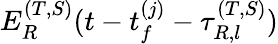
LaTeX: E_{R}^{(T,S)}(t-t_{f}^{(j)}-\tau_{R,l}^{(T,S)})